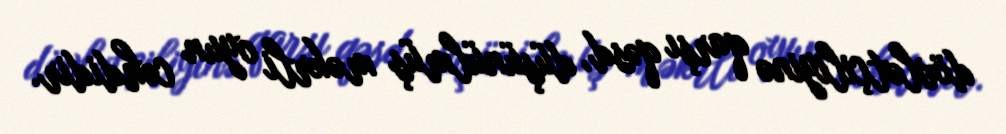
dövlətçiliyinə qarşı qəsd, düşünülmüş məkrli oyun cəhdidir.